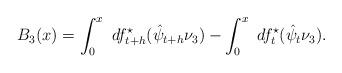
LaTeX: \begin{align*}B_3(x)&=\int_{0}^{x} \ df_{t+h}^\star ( \hat{\psi}_{t+h} \nu_3) - \int_{0}^{x} \ df_{t}^\star (\hat{\psi}_t \nu_3).\end{align*}